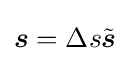
{\boldsymbol {s}}=\Delta s{\tilde {\boldsymbol {s}}}